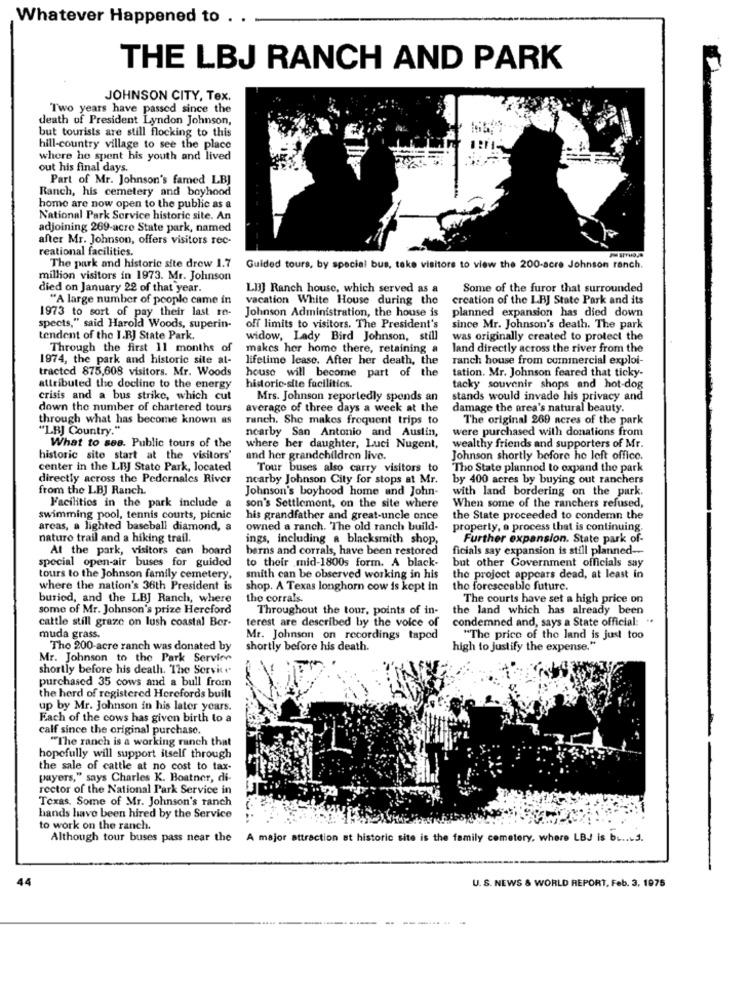
Whatever Happened to . .
THE LBJ RANCH AND PARK
JOHNSON CITY, Tex.
Two years have passed since the
death of President Lyndon Johnson,
but tourists are still flocking to this
hill-country village to see the place
where he spent his youth and lived
out his final days.
Part of Mr. Johnson's famed LBJ
Ranch, his cemetery and boyhood
home are now open to the public as a
National Park Service historic site. An
adjoining 269-acre State park, named
after Mr. Johnson, offers visitors rec-
reational facilities.
The park and historic site drew 1.7
Guided tours, by special bus, take visitors to view the 200-acre Johnson ranch.
million visitors in 1973. Mr. Johnson
died on January 22 of that year.
LBJ Ranch house, which served as a
Some of the furor that surrounded
"A large number of people came in
vacation White House during the
creation of the LBJ State Park and its
1973 to sort of pay their last re-
Johnson Administration, the house is
planned expansion has died down
spects," said Harold Woods, superin-
off limits to visitors. The President's
since Mr. Johnson's death. The park
tendent of the I.BJ State Park.
widow, Lady Bird Johnson, still
was originally created to protect the
Through the first 11 months of
makes her home there, retaining a
land directly across the river from the
1974, the park and historic site al-
lifetime lease. After her death, the
ranch house from commercial exploi-
tracted 875,608 visitors. Mr. Woods
tation. Mr. Johnson feared that ticky-
house will become part of the
attributed the decline to the energy
historic-site facilities.
tacky souvenir shops and hot-dog
crisis and a bus strike, which cut
Mrs. Johnson reportedly spends an
stands would invade his privacy and
down the number of chartered tours
average of three days a week at the
damage the area's natural beauty.
through what has become known as
munch. She makes frequent trips to
The original 269 acres of the park
"LBJ Country."
were purchased with donations from
nearby San Antonio and Auslin,
What to ses. Public tours of the
where her daughter, Luci Nugent,
wealthy friends and supporters of Mr.
historic site start at the visitors'
and her grandchildren live.
Johnson shortly before he left office.
center in the LBJ Stato Park, located
Tour buses also carry visitors to
Tho State planned to expand the park
directly across the Pedernales River
nearby Johnson City for stops at Mr.
by 400 acres by buying out ranchers
from the LBJ Ranch.
Johnson's boyhood home and John-
with land bordering on the park.
Facilities in the park include a
son's Settlement, on the site where
When some of the ranchers refused,
swimming pool, tennis courts, picnic
his grandfather and great-uncle once
the State proceeded to condemn the
areas, a lighted baseball diamond, a
owned a ranch. The old ranch build-
property, a process that is continuing.
naturo trail and a hiking trail.
ings, including a blacksmith shop,
Further expansion. State park of-
At the park, visitors can board
berns and corrals, have been restored
ficials say expansion is still planned --
special open-air buses for guided
to their mid-1800s form. A black-
but other Government officials say
tours to the Johnson family cemetery.
smith can be observed working in his
the project appears dead, at least in
where the nation's 36th President is
shop. A Texas longhorn cow is kept in
the foreseeable future.
buried, and the LBJ Ranch, where
the corrals
The courts have set a high price on
some of Mr. Johnson's prize Hereford
Throughout the tour, points of in-
the land which has already been
cattle still graze on lush coastal Ber-
terest are described by the voice of
condemned and, says a State official: "
muda grass.
Mr. Johnson on recordings taped
"The price of the land is just too
Tho 200-acre ranch was donated by
shortly before his death.
high to justify the expense."
Mr. Johnson to the Park Service
shortly before his death. The Service
purchased 35 cows and a bull from
the herd of registered Herefords built
up by Mr. Johnson in his later years.
Each of the cows has given birth to a
calf since the original purchase.
"The ranch is a working ranch that
hopefully will support itself through
the sale of cattle at no cost to tax-
payers," says Charles K. Boatner, di-
rector of the National Park Service in
Texas. Some of Mr. Johnson's ranch
hands have been hired by the Service
to work on the ranch.
Although tour buses pass near the
A major attraction at historic site is the family cemetery, where LBJ is b .... 5.
44
U. S. NEWS & WORLD REPORT, Feb. 3, 1975